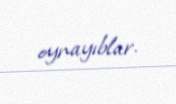
oynayıblar.